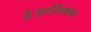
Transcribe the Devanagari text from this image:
हैं।प्रशिक्षक